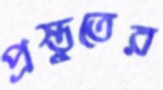
প্রস্তুতের